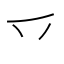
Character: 乊